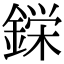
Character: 𮢚